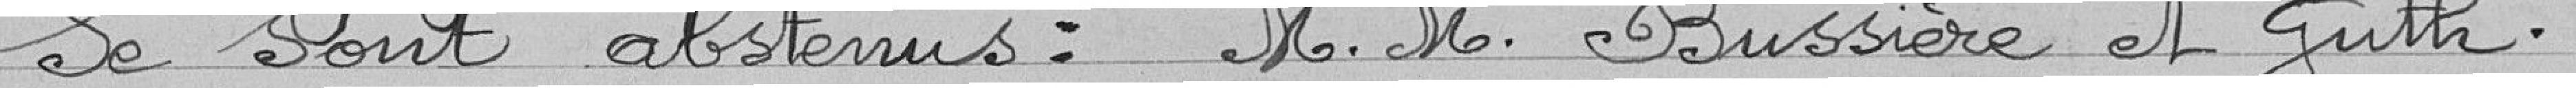
Se sont abstenus : M.M. Bussière et Guth.